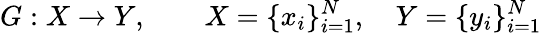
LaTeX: G:X\rightarrow Y,\quad\quad X=\{ x_{i}\} _{i=1}^{N},\quad Y=\{ y_{i}\} _{i=1}^{N}